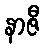
နာဇီ